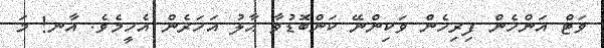
ވަޓް އަންހެން ފިރިހެން ވަކިންނޭ ކަންބޮޑުވާ ޙާލު އަހަރެން އެހީމެވެ. އާނ! މަ